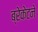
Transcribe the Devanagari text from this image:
ब्रेकेटने